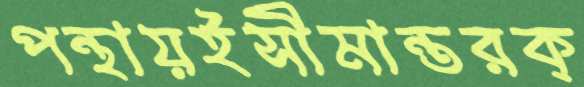
পন্থায়ইসীমান্তরক্